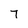
Character: 7